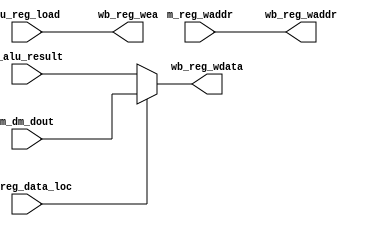
module write_back(
    input [15:0]  m_alu_result,
    input [15:0]  m_dm_dout,
    input [2:0]   m_reg_waddr,
    input         cu_reg_data_loc,
    input         cu_reg_load,
    output [15:0] wb_reg_wdata,
    output        wb_reg_wea,
    output [2:0]  wb_reg_waddr
);

// Mux for getting data from memory or the ALU
// if( cu_reg_data_loc )
// 	wb_reg_din <= m_dm_dout;
// else
// 	wb_reg_din <= m_alu_result;

assign wb_reg_wdata = cu_reg_data_loc ? m_dm_dout : m_alu_result;

assign wb_reg_wea = cu_reg_load;
assign wb_reg_waddr = m_reg_waddr;

endmodule